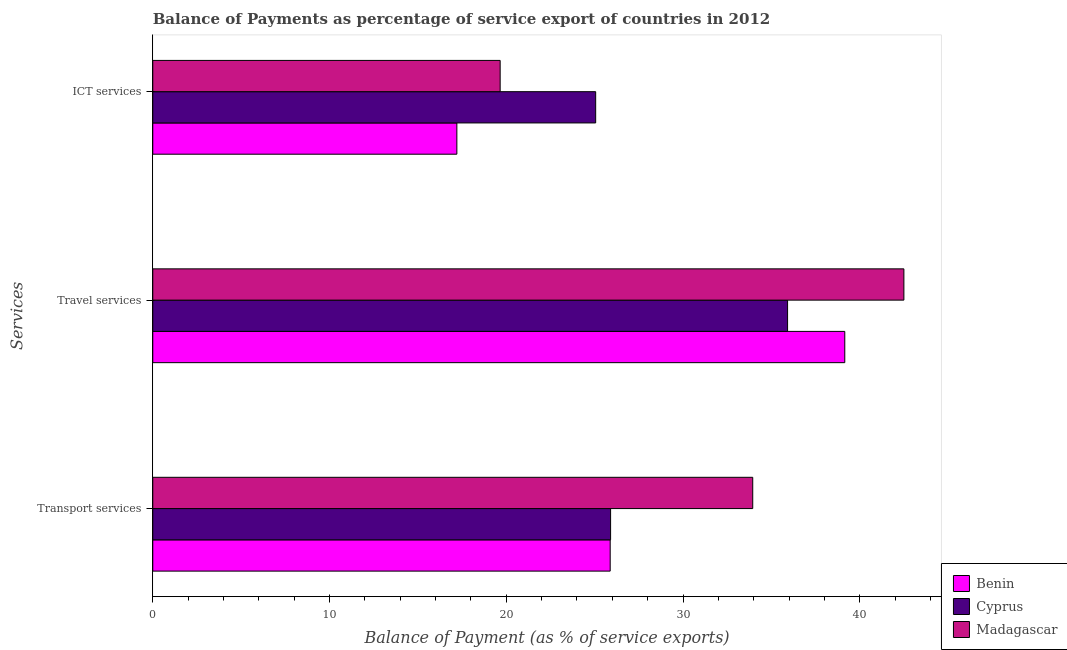
| Services | Benin | Cyprus | Madagascar |
 | --- | --- | --- | --- |
 | Transport services | 25.9 | 25.9 | 33.9 |
 | Travel services | 39.2 | 35.9 | 42.5 |
 | ICT services | 17.2 | 25.1 | 19.7 |